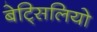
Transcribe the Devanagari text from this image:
बेट्सिलियो